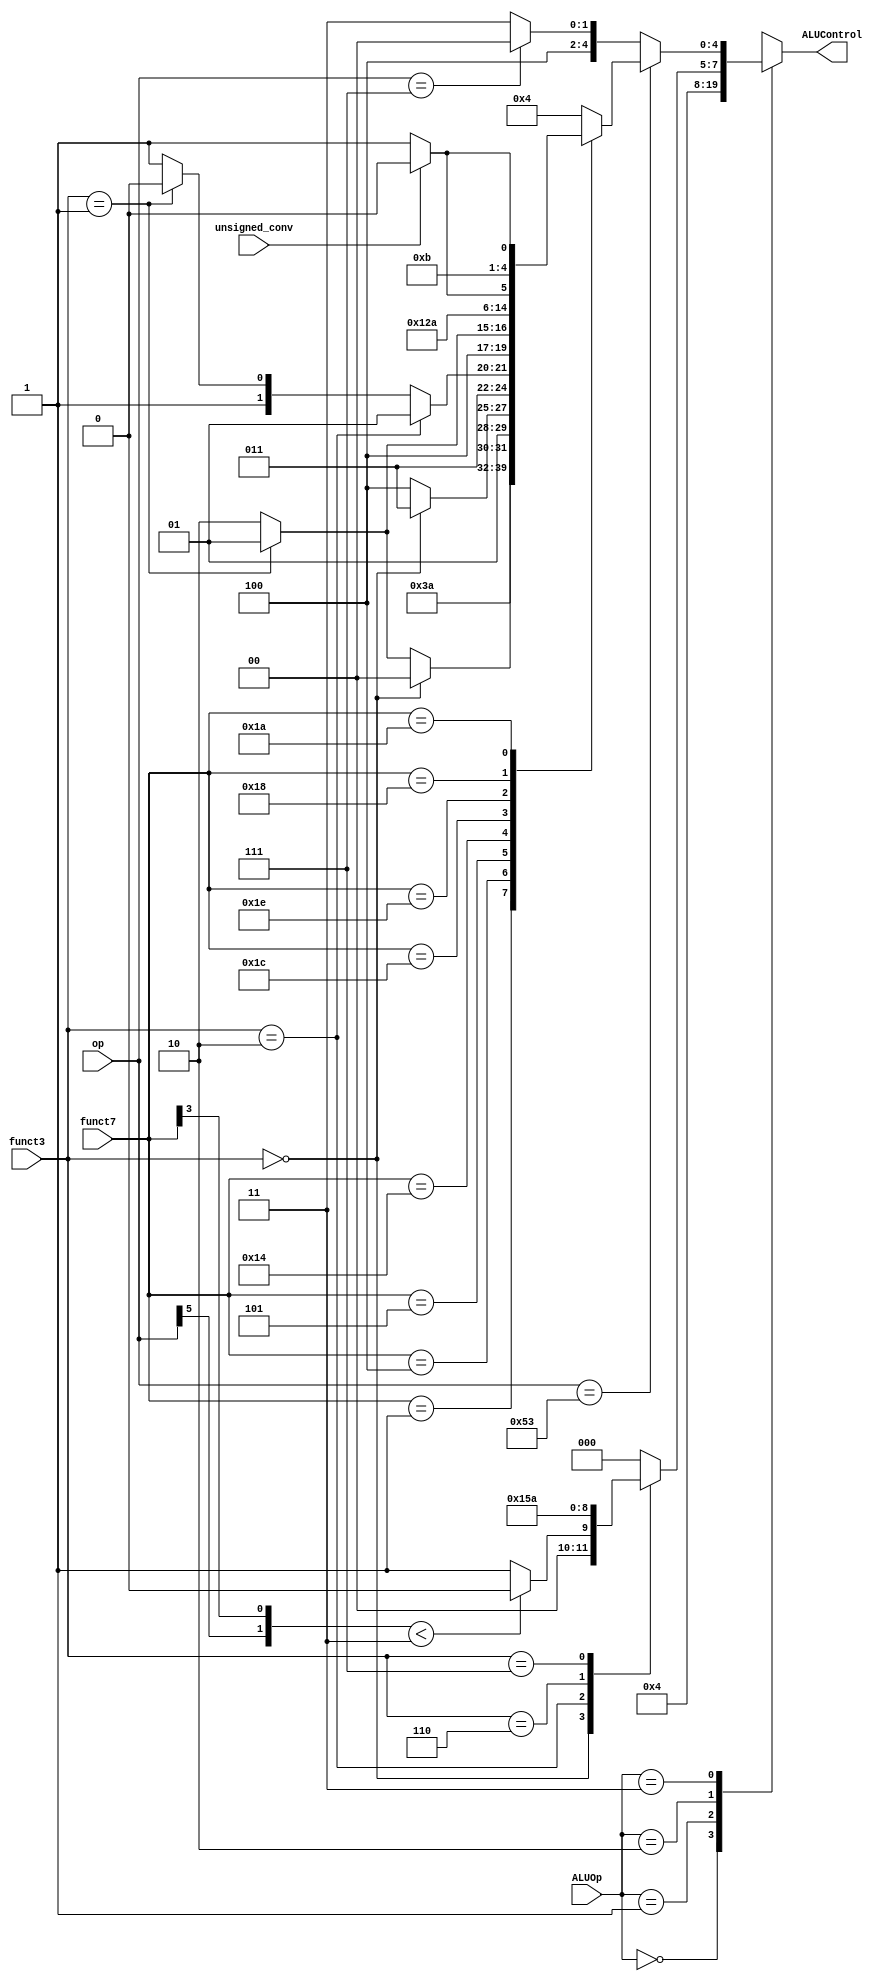
module ALU_Decoder (
	input wire					[6:0]						op,
	input wire					[4:0]						funct7,	
	input wire					[2:0]						funct3,
	input wire					[1:0]						ALUOp,
	input wire												unsigned_conv,
	output reg					[4:0]						ALUControl
);

	wire 							[1:0]						inter ;
	
	assign inter={op[5],funct7[3]} ;

always @(*)
	begin
		case(ALUOp)
			2'b0: begin
						ALUControl=5'b0 ;
					end
			2'b1: begin
						ALUControl=5'b1 ;
					end
			2'b10: begin
						case(funct3)
							3'b0: begin
										if(inter<2'b11)
											ALUControl=5'b0 ;
										else
											ALUControl=5'b1 ;
									end
							3'b10: begin
										ALUControl=5'b101 ;
									 end
							3'b110: begin
										ALUControl=5'b11 ;
									   end
							3'b111: begin
										ALUControl=5'b10 ;
									   end
							default: begin
											ALUControl=5'b0 ;
										end
						endcase
					 end
			2'b11: begin
						if(op==7'b1010011)
							begin
								case(funct7)
									5'b0: begin //fadd
												ALUControl=5'b100 ;
											end
									5'b1: begin //fsub
												ALUControl=5'b111 ;
											end
									5'b100: begin 
												if(funct3==3'b0)
													ALUControl=5'b1000 ; //sign injection
												else if(funct3==3'b1)
													ALUControl=5'b1001 ; //n-sign injection
												else
													ALUControl=5'b1010 ; //xor-sign injection
											   end
									5'b101: begin 
												if(funct3==3'b0)
													ALUControl=5'b1011 ; //min
												else
													ALUControl=5'b1100 ; //max
											   end
									5'b10100: begin 
												if(funct3==3'b10)
													ALUControl=5'b1101 ; //feq
												else if(funct3==3'b1)
													ALUControl=5'b1110 ; //flt
												else
													ALUControl=5'b1111 ; //fle
											   end
									5'b11100: begin
													if(funct3==3'b1)
														ALUControl=5'b10001 ; //fclass
													else
														ALUControl=5'b10010 ; //fmov to integer register												
												  end
									5'b11110: ALUControl=5'b10010 ; //fmov to fp register
									5'b11000: begin//fconv to int
													if(unsigned_conv)
														ALUControl=5'b10100 ; //unsigned_conv
													else
														ALUControl=5'b10101 ; //signed_conv														
												  end									
									5'b11010: begin//fconv to float
													if(unsigned_conv)
														ALUControl=5'b10110 ; //unsigned_conv
													else
														ALUControl=5'b10111 ; //signed_conv														
												  end
									default: begin
													ALUControl=5'b100 ;													
												end
								endcase						
							end
						else if(op==7'b111) //flw
							begin
								ALUControl=5'b10000 ;
							end
						else
							begin
								ALUControl=5'b10011 ;
							end
					 end
			default: begin
							ALUControl=5'b0 ;
						end
		endcase
	end

endmodule